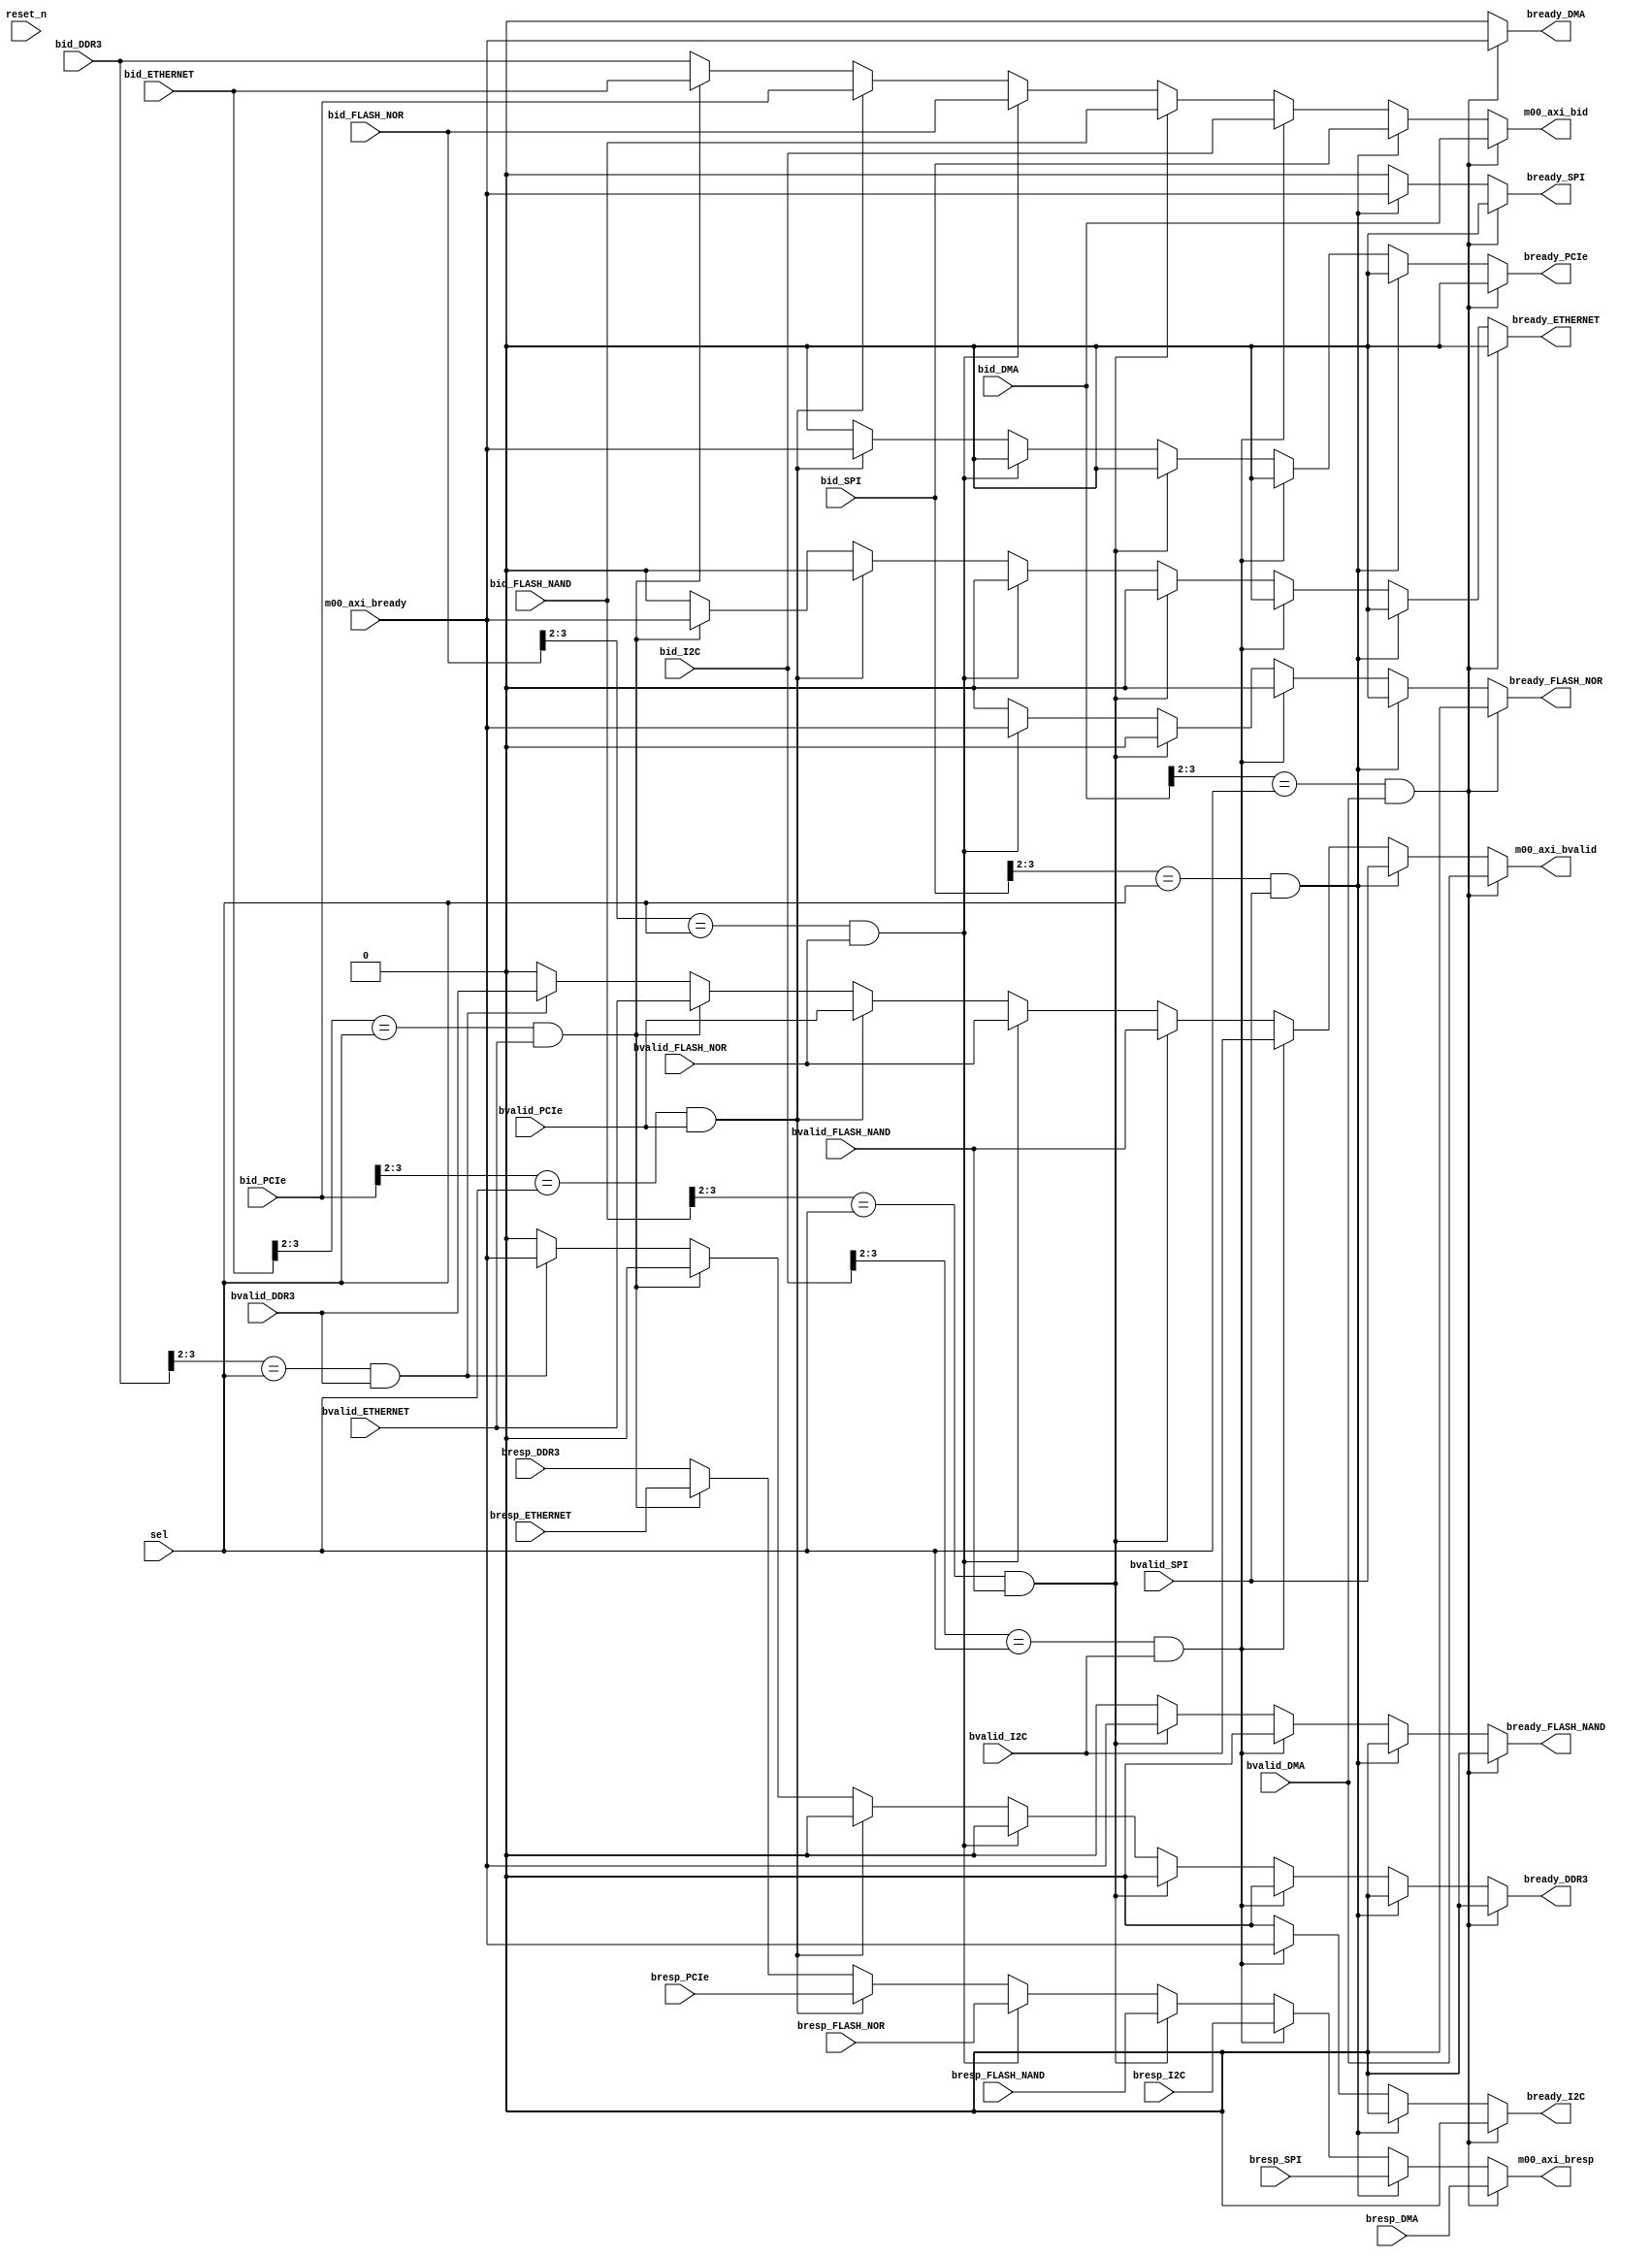
module wr_mux_s4(
input      reset_n,

// master
output  [3:0]  m00_axi_bid,
output  [1:0]  m00_axi_bresp,
output         m00_axi_bvalid,
input          m00_axi_bready,

// slave 1
input   [3:0]  bid_DMA,
input   [1:0]  bresp_DMA,
input          bvalid_DMA,
output         bready_DMA,

// slave 2
input   [3:0]  bid_SPI,
input   [1:0]  bresp_SPI,
input          bvalid_SPI,
output         bready_SPI,

// slave 3
input   [3:0]  bid_I2C,
input   [1:0]  bresp_I2C,
input          bvalid_I2C,
output         bready_I2C,

// slave 4
input   [3:0]  bid_FLASH_NAND,
input   [1:0]  bresp_FLASH_NAND,
input          bvalid_FLASH_NAND,
output         bready_FLASH_NAND,

// slave 5
input   [3:0]  bid_FLASH_NOR,
input   [1:0]  bresp_FLASH_NOR,
input          bvalid_FLASH_NOR,
output         bready_FLASH_NOR,

// slave 6
input   [3:0]  bid_PCIe,
input   [1:0]  bresp_PCIe,
input          bvalid_PCIe,
output         bready_PCIe,

// slave 7
input   [3:0]  bid_ETHERNET,
input   [1:0]  bresp_ETHERNET,
input          bvalid_ETHERNET,
output         bready_ETHERNET,

// slave 8
input   [3:0]  bid_DDR3,
input   [1:0]  bresp_DDR3,
input          bvalid_DDR3,
output         bready_DDR3,

// select
input   [2:0]  sel
);

// wresponse mux
assign m00_axi_bid = ((bid_DMA[3:2]==sel)&bvalid_DMA) ? bid_DMA[3:0] : ((bid_SPI[3:2]==sel)&bvalid_SPI) ? bid_SPI[3:0] : ((bid_I2C[3:2]==sel)&bvalid_I2C) ? bid_I2C[3:0]: ((bid_FLASH_NAND[3:2]==sel)&bvalid_FLASH_NAND) ? bid_FLASH_NAND[3:0] : ((bid_FLASH_NOR[3:2]==sel)&bvalid_FLASH_NOR) ? bid_FLASH_NOR[3:0] : ((bid_PCIe[3:2]==sel)&bvalid_PCIe) ? bid_PCIe[3:0] : ((bid_ETHERNET[3:2]==sel)&bvalid_ETHERNET) ? bid_ETHERNET[3:0]: bid_DDR3[3:0];
assign m00_axi_bvalid = ((bid_DMA[3:2]==sel)&bvalid_DMA) ? bvalid_DMA : ((bid_SPI[3:2]==sel)&bvalid_SPI) ? bvalid_SPI : ((bid_I2C[3:2]==sel)&bvalid_I2C) ? bvalid_I2C : ((bid_FLASH_NAND[3:2]==sel)&bvalid_FLASH_NAND) ? bvalid_FLASH_NAND : ((bid_FLASH_NOR[3:2]==sel)&bvalid_FLASH_NOR) ? bvalid_FLASH_NOR : ((bid_PCIe[3:2]==sel)&bvalid_PCIe) ? bvalid_PCIe : ((bid_ETHERNET[3:2]==sel)&bvalid_ETHERNET) ? bvalid_ETHERNET : ((bid_DDR3[3:2]==sel)&bvalid_DDR3) ? bvalid_DDR3 : 1'b0;
assign m00_axi_bresp = ((bid_DMA[3:2]==sel)&bvalid_DMA) ? bresp_DMA : ((bid_SPI[3:2]==sel)&bvalid_SPI) ? bresp_SPI : ((bid_I2C[3:2]==sel)&bvalid_I2C) ? bresp_I2C : ((bid_FLASH_NAND[3:2]==sel)&bvalid_FLASH_NAND) ? bresp_FLASH_NAND : ((bid_FLASH_NOR[3:2]==sel)&bvalid_FLASH_NOR) ? bresp_FLASH_NOR : ((bid_PCIe[3:2]==sel)&bvalid_PCIe) ? bresp_PCIe : ((bid_ETHERNET[3:2]==sel)&bvalid_ETHERNET) ? bresp_ETHERNET  : bresp_DDR3 ;

assign bready_DMA = ((bid_DMA[3:2]==sel)&bvalid_DMA) ? m00_axi_bready : ((bid_SPI[3:2]==sel)&bvalid_SPI) ? 1'b0 : ((bid_I2C[3:2]==sel)&bvalid_I2C) ? 1'b0 : ((bid_FLASH_NAND[3:2]==sel)&bvalid_FLASH_NAND) ? 1'b0 : ((bid_FLASH_NOR[3:2]==sel)&bvalid_FLASH_NOR) ? 1'b0 : ((bid_PCIe[3:2]==sel)&bvalid_PCIe) ? 1'b0 : ((bid_ETHERNET[3:2]==sel)&bvalid_ETHERNET) ? 1'b0 : ((bid_DDR3[3:2]==sel)&bvalid_DDR3) ? 1'b0: 1'b0;
assign bready_SPI = ((bid_DMA[3:2]==sel)&bvalid_DMA) ? 1'b0 : ((bid_SPI[3:2]==sel)&bvalid_SPI) ? m00_axi_bready : ((bid_I2C[3:2]==sel)&bvalid_I2C) ? 1'b0 : ((bid_FLASH_NAND[3:2]==sel)&bvalid_FLASH_NAND) ? 1'b0 : ((bid_FLASH_NOR[3:2]==sel)&bvalid_FLASH_NOR) ? 1'b0 : ((bid_PCIe[3:2]==sel)&bvalid_PCIe) ? 1'b0 : ((bid_ETHERNET[3:2]==sel)&bvalid_ETHERNET) ? 1'b0 : ((bid_DDR3[3:2]==sel)&bvalid_DDR3) ? 1'b0: 1'b0;
assign bready_I2C = ((bid_DMA[3:2]==sel)&bvalid_DMA) ? 1'b0 : ((bid_SPI[3:2]==sel)&bvalid_SPI) ? 1'b0 : ((bid_I2C[3:2]==sel)&bvalid_I2C) ? m00_axi_bready : ((bid_FLASH_NAND[3:2]==sel)&bvalid_FLASH_NAND) ? 1'b0 : ((bid_FLASH_NOR[3:2]==sel)&bvalid_FLASH_NOR) ? 1'b0 : ((bid_PCIe[3:2]==sel)&bvalid_PCIe) ? 1'b0 : ((bid_ETHERNET[3:2]==sel)&bvalid_ETHERNET) ? 1'b0 : ((bid_DDR3[3:2]==sel)&bvalid_DDR3) ? 1'b0: 1'b0;

assign bready_FLASH_NAND = ((bid_DMA[3:2]==sel)&bvalid_DMA) ? 1'b0 : ((bid_SPI[3:2]==sel)&bvalid_SPI) ? 1'b0 : ((bid_I2C[3:2]==sel)&bvalid_I2C) ? 1'b0 : ((bid_FLASH_NAND[3:2]==sel)&bvalid_FLASH_NAND) ? m00_axi_bready : ((bid_FLASH_NOR[3:2]==sel)&bvalid_FLASH_NOR) ? 1'b0 : ((bid_PCIe[3:2]==sel)&bvalid_PCIe) ? 1'b0 : ((bid_ETHERNET[3:2]==sel)&bvalid_ETHERNET) ? 1'b0 : ((bid_DDR3[3:2]==sel)&bvalid_DDR3) ? 1'b0: 1'b0;
assign bready_FLASH_NOR = ((bid_DMA[3:2]==sel)&bvalid_DMA) ? 1'b0 : ((bid_SPI[3:2]==sel)&bvalid_SPI) ? 1'b0 : ((bid_I2C[3:2]==sel)&bvalid_I2C) ? 1'b0 : ((bid_FLASH_NAND[3:2]==sel)&bvalid_FLASH_NAND) ? 1'b0: ((bid_FLASH_NOR[3:2]==sel)&bvalid_FLASH_NOR) ? m00_axi_bready  : ((bid_PCIe[3:2]==sel)&bvalid_PCIe) ? 1'b0 : ((bid_ETHERNET[3:2]==sel)&bvalid_ETHERNET) ? 1'b0 : ((bid_DDR3[3:2]==sel)&bvalid_DDR3) ? 1'b0: 1'b0;

assign bready_PCIe =  ((bid_DMA[3:2]==sel)&bvalid_DMA) ? 1'b0 : ((bid_SPI[3:2]==sel)&bvalid_SPI) ? 1'b0 : ((bid_I2C[3:2]==sel)&bvalid_I2C) ? 1'b0 : ((bid_FLASH_NAND[3:2]==sel)&bvalid_FLASH_NAND) ? 1'b0: ((bid_FLASH_NOR[3:2]==sel)&bvalid_FLASH_NOR) ? 1'b0  : ((bid_PCIe[3:2]==sel)&bvalid_PCIe) ?  m00_axi_bready : ((bid_ETHERNET[3:2]==sel)&bvalid_ETHERNET) ? 1'b0 : ((bid_DDR3[3:2]==sel)&bvalid_DDR3) ? 1'b0: 1'b0;
assign bready_ETHERNET = ((bid_DMA[3:2]==sel)&bvalid_DMA) ? 1'b0 : ((bid_SPI[3:2]==sel)&bvalid_SPI) ? 1'b0 : ((bid_I2C[3:2]==sel)&bvalid_I2C) ? 1'b0 : ((bid_FLASH_NAND[3:2]==sel)&bvalid_FLASH_NAND) ? 1'b0: ((bid_FLASH_NOR[3:2]==sel)&bvalid_FLASH_NOR) ? 1'b0  : ((bid_PCIe[3:2]==sel)&bvalid_PCIe) ?  1'b0 : ((bid_ETHERNET[3:2]==sel)&bvalid_ETHERNET) ? m00_axi_bready  : ((bid_DDR3[3:2]==sel)&bvalid_DDR3) ? 1'b0: 1'b0;
assign bready_DDR3 = ((bid_DMA[3:2]==sel)&bvalid_DMA) ? 1'b0 : ((bid_SPI[3:2]==sel)&bvalid_SPI) ? 1'b0 : ((bid_I2C[3:2]==sel)&bvalid_I2C) ? 1'b0 : ((bid_FLASH_NAND[3:2]==sel)&bvalid_FLASH_NAND) ? 1'b0: ((bid_FLASH_NOR[3:2]==sel)&bvalid_FLASH_NOR) ? 1'b0  : ((bid_PCIe[3:2]==sel)&bvalid_PCIe) ?  1'b0 : ((bid_ETHERNET[3:2]==sel)&bvalid_ETHERNET) ? 1'b0 : ((bid_DDR3[3:2]==sel)&bvalid_DDR3) ?  m00_axi_bready: 1'b0;

endmodule